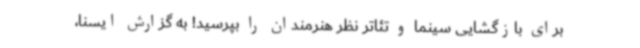
برای بازگشایی سینما و تئاتر نظر هنرمندان را بپرسید! به گزارش ایسنا،